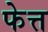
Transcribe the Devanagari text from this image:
फेत्त